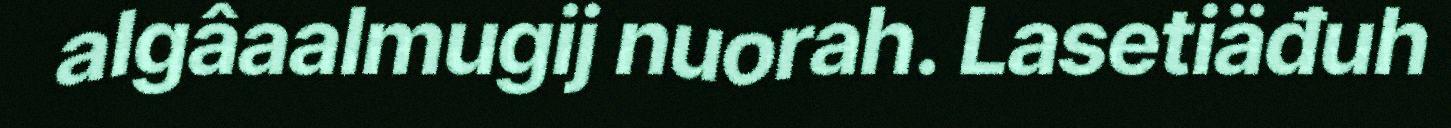
algâaalmugij nuorah. Lasetiäđuh